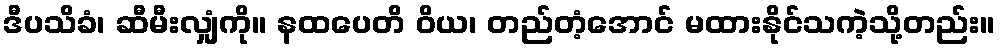
ဒီပသိခံ၊ ဆီမီးလျှံကို။ နထပေတိ ဝိယ၊ တည်တံ့အောင် မထားနိုင်သကဲ့သို့တည်း။